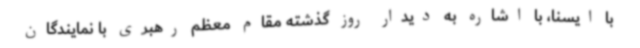
با ایسنا، با اشاره به دیدار روز گذشته مقام معظم رهبری با نمایندگان